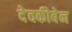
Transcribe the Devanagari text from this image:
देवकीबेन